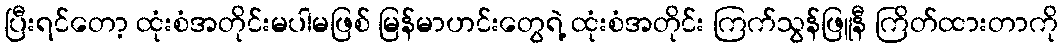
ပြီးရင်တော့ ထုံးစံအတိုင်းမပါမဖြစ် မြန်မာဟင်းတွေရဲ့ ထုံးစံအတိုင်း ကြက်သွန်ဖြူနီ ကြိတ်ထားတာကို